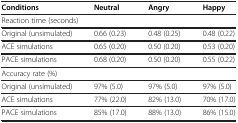
<table><thead><tr><td><b>Conditions</b></td><td><b>Neutral</b></td><td><b>Angry</b></td><td><b>Happy</b></td></tr></thead><tbody><tr><td colspan="4">Reaction time (seconds)</td></tr><tr><td>Original (unsimulated)</td><td>0.66 (0.23)</td><td>0.48 (0.25)</td><td>0.48 (0.22)</td></tr><tr><td>ACE simulations</td><td>0.65 (0.20)</td><td>0.50 (0.20)</td><td>0.53 (0.20)</td></tr><tr><td>PACE simulations</td><td>0.68 (0.20)</td><td>0.50 (0.20)</td><td>0.55 (0.22)</td></tr><tr><td colspan="4">Accuracy rate (%)</td></tr><tr><td>Original (unsimulated)</td><td>97% (5.0)</td><td>97% (5.0)</td><td>97% (5.0)</td></tr><tr><td>ACE simulations</td><td>77% (22.0)</td><td>82% (13.0)</td><td>70% (17.0)</td></tr><tr><td>PACE simulations</td><td>85% (17.0)</td><td>88% (13.0)</td><td>86% (15.0)</td></tr></tbody></table>